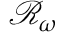
\mathcal { R } _ { \omega }